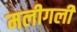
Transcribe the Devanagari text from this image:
मलीगली